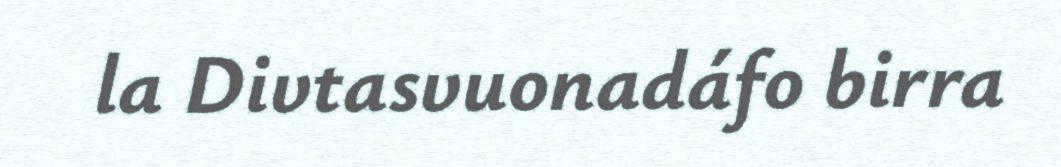
la Divtasvuonadáfo birra